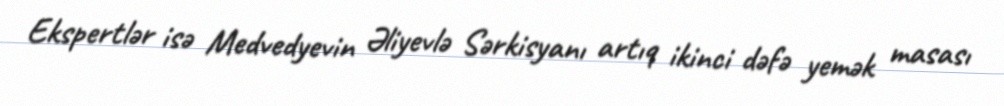
Ekspertlər isə Medvedyevin Əliyevlə Sərkisyanı artıq ikinci dəfə yemək masası